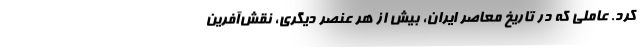
کرد. عاملی که در تاریخ معاصر ایران، بیش از هر عنصر دیگری، نقش‌آفرین